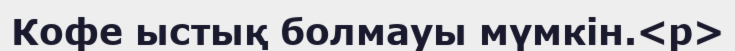
Кофе ыстық болмауы мүмкін.<p>